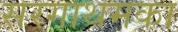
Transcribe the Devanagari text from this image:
सरगाथमका